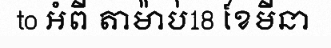
to អំពី តាម៉ាប់18 ខែមីនា